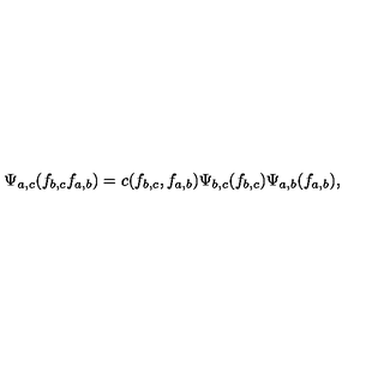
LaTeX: \Psi _ { a , c } ( f _ { b , c } f _ { a , b } ) = c ( f _ { b , c } , f _ { a , b } ) \Psi _ { b , c } ( f _ { b , c } ) \Psi _ { a , b } ( f _ { a , b } ) ,